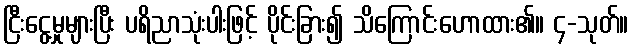
ငြီးငွေ့မှုများပြီး ပရိညာသုံးပါးဖြင့် ပိုင်းခြား၍ သိကြောင်းဟောထား၏။ ၄-သုတ်။